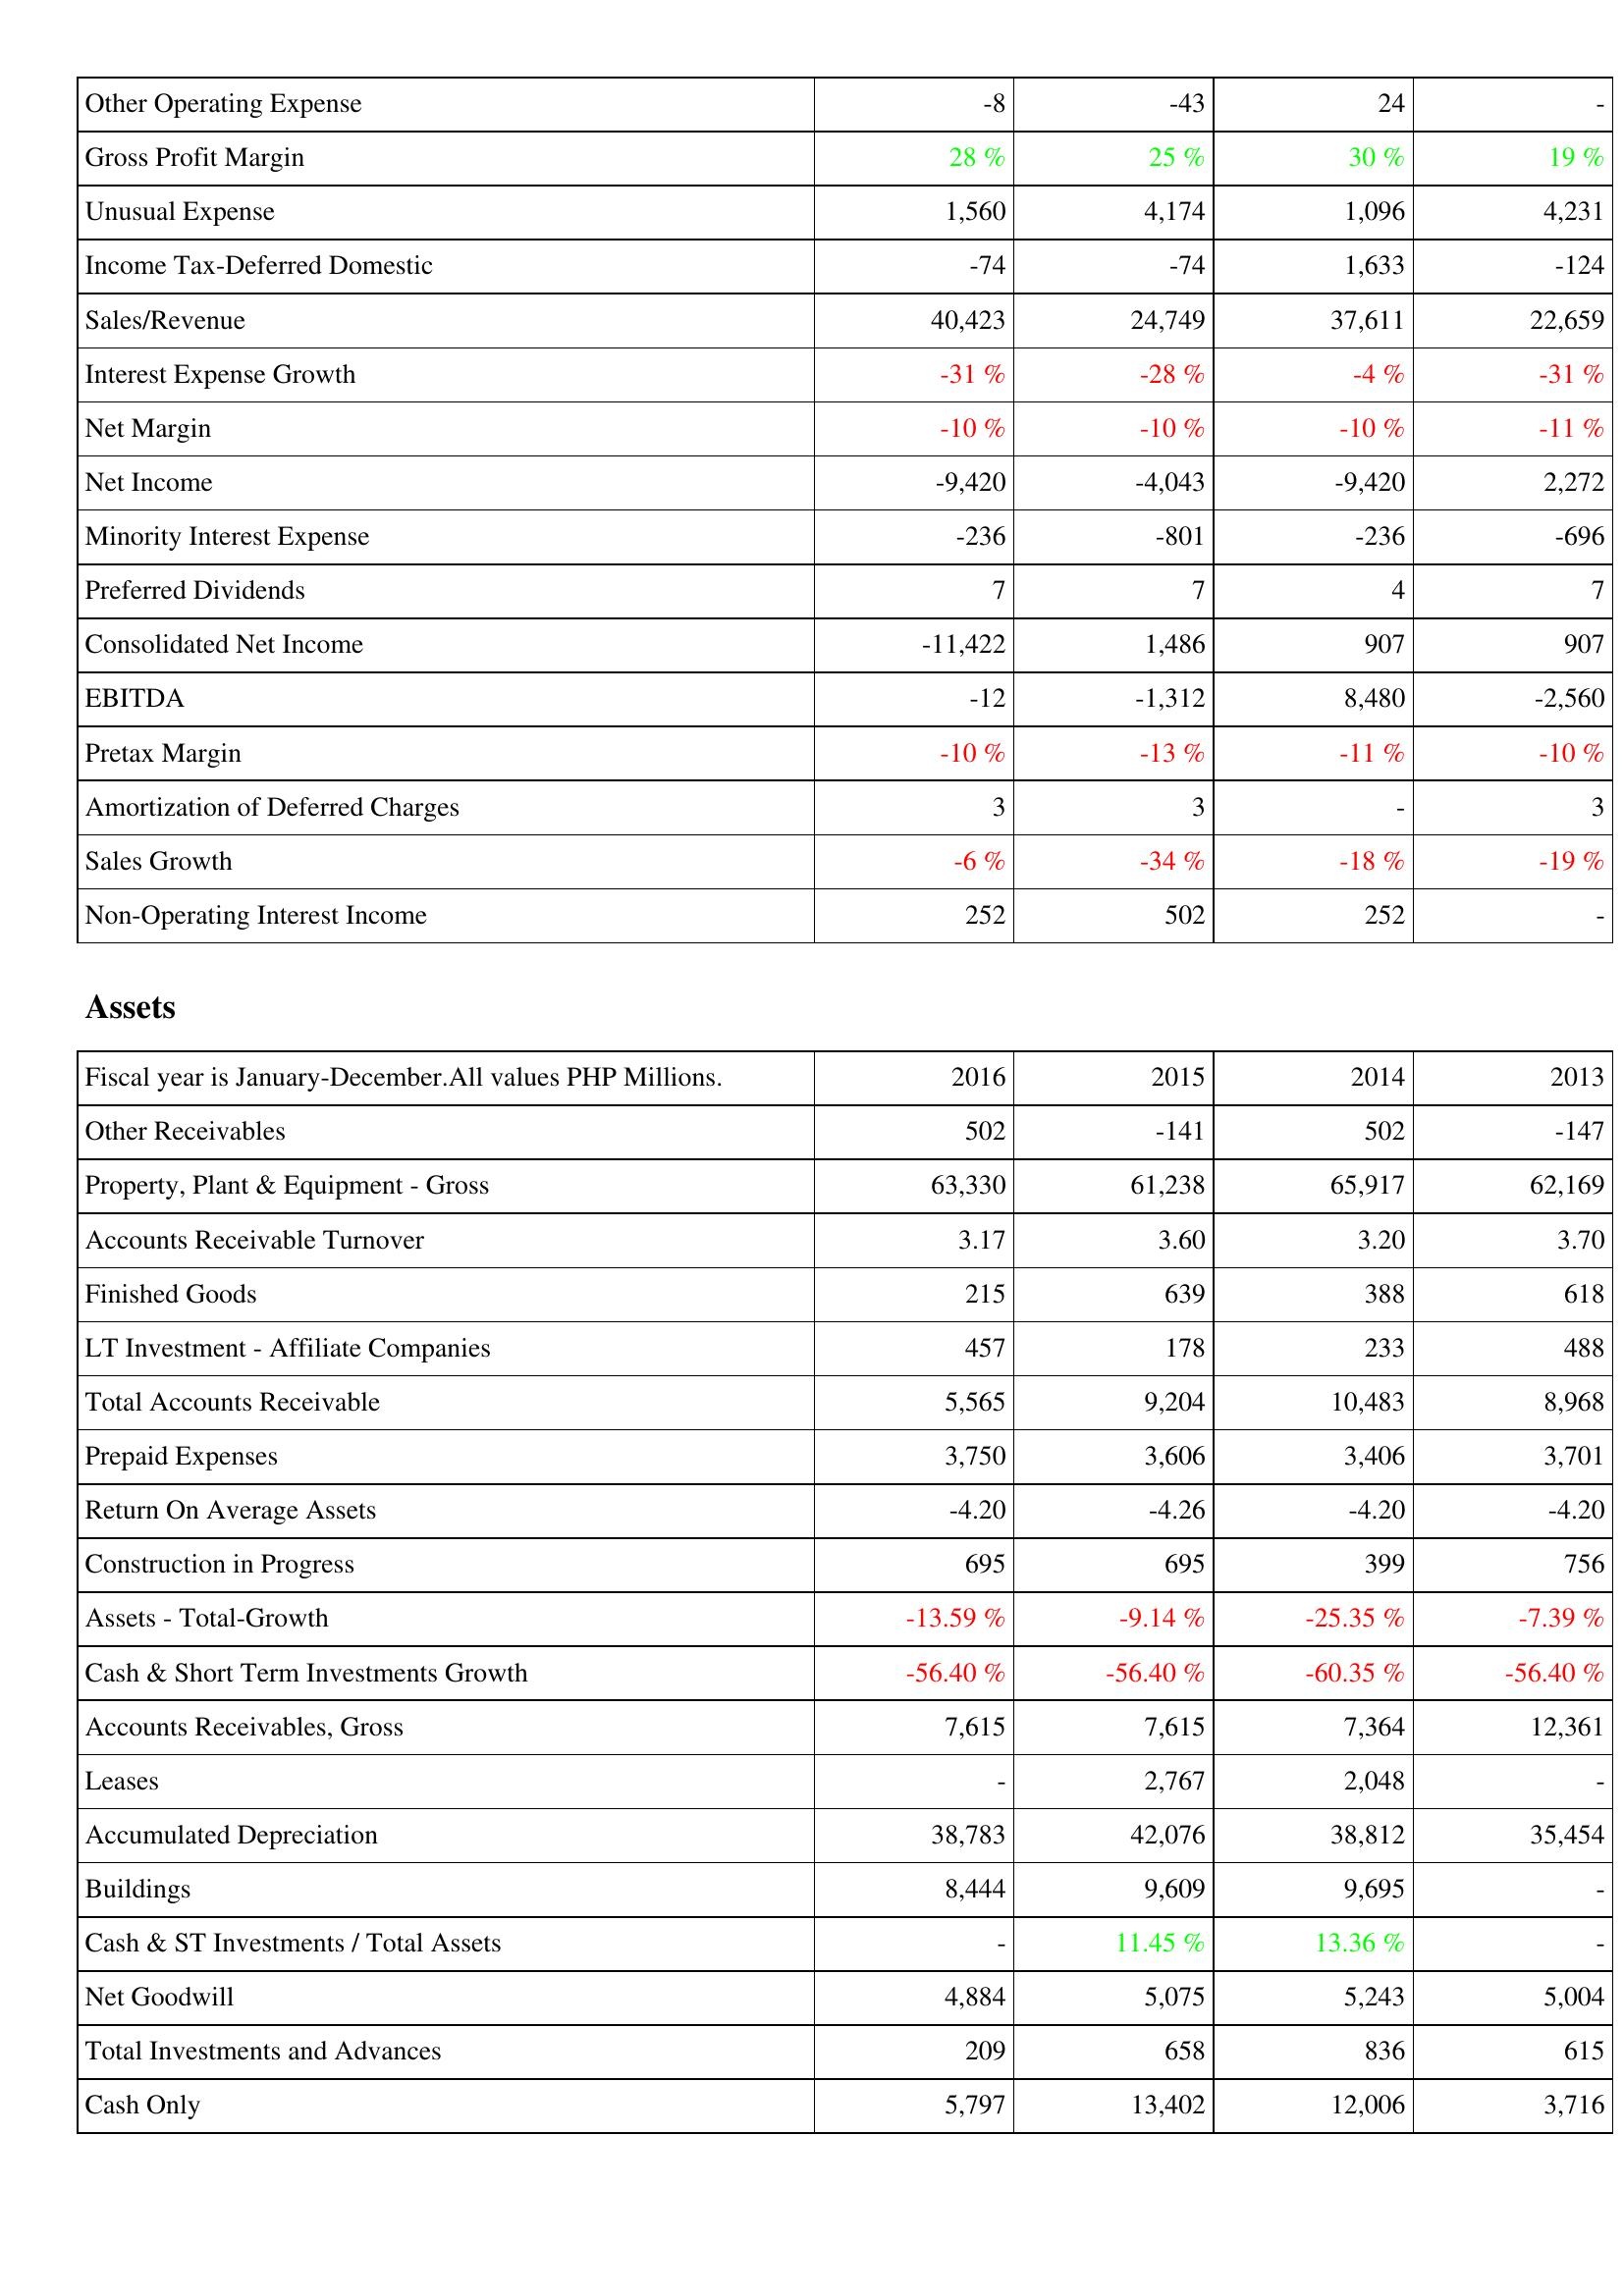
2016: Income Statement: Other Operating Expense: -8
Gross Profit Margin: 28 %
Unusual Expense: 1,560
Income Tax-Deferred Domestic: -74
Sales/Revenue: 40,423
Interest Expense Growth: -31 %
Net Margin: -10 %
Net Income: -9,420
Minority Interest Expense: -236
Preferred Dividends: 7
Consolidated Net Income: -11,422
EBITDA: -12
Pretax Margin: -10 %
Amortization of Deferred Charges: 3
Sales Growth: -6 %
Non-Operating Interest Income: 252
Assets: Other Receivables: 502
Property, Plant & Equipment - Gross: 63,330
Accounts Receivable Turnover: 3.17
Finished Goods: 215
LT Investment - Affiliate Companies: 457
Total Accounts Receivable: 5,565
Prepaid Expenses: 3,750
Return On Average Assets: -4.20
Construction in Progress: 695
Assets - Total-Growth: -13.59 %
Cash & Short Term Investments Growth: -56.40 %
Accounts Receivables, Gross: 7,615
Leases: -
Accumulated Depreciation: 38,783
Buildings: 8,444
Cash & ST Investments / Total Assets: -
Net Goodwill: 4,884
Total Investments and Advances: 209
Cash Only: 5,797
2015: Income Statement: Other Operating Expense: -43
Gross Profit Margin: 25 %
Unusual Expense: 4,174
Income Tax-Deferred Domestic: -74
Sales/Revenue: 24,749
Interest Expense Growth: -28 %
Net Margin: -10 %
Net Income: -4,043
Minority Interest Expense: -801
Preferred Dividends: 7
Consolidated Net Income: 1,486
EBITDA: -1,312
Pretax Margin: -13 %
Amortization of Deferred Charges: 3
Sales Growth: -34 %
Non-Operating Interest Income: 502
Assets: Other Receivables: -141
Property, Plant & Equipment - Gross: 61,238
Accounts Receivable Turnover: 3.60
Finished Goods: 639
LT Investment - Affiliate Companies: 178
Total Accounts Receivable: 9,204
Prepaid Expenses: 3,606
Return On Average Assets: -4.26
Construction in Progress: 695
Assets - Total-Growth: -9.14 %
Cash & Short Term Investments Growth: -56.40 %
Accounts Receivables, Gross: 7,615
Leases: 2,767
Accumulated Depreciation: 42,076
Buildings: 9,609
Cash & ST Investments / Total Assets: 11.45 %
Net Goodwill: 5,075
Total Investments and Advances: 658
Cash Only: 13,402
2014: Income Statement: Other Operating Expense: 24
Gross Profit Margin: 30 %
Unusual Expense: 1,096
Income Tax-Deferred Domestic: 1,633
Sales/Revenue: 37,611
Interest Expense Growth: -4 %
Net Margin: -10 %
Net Income: -9,420
Minority Interest Expense: -236
Preferred Dividends: 4
Consolidated Net Income: 907
EBITDA: 8,480
Pretax Margin: -11 %
Amortization of Deferred Charges: -
Sales Growth: -18 %
Non-Operating Interest Income: 252
Assets: Other Receivables: 502
Property, Plant & Equipment - Gross: 65,917
Accounts Receivable Turnover: 3.20
Finished Goods: 388
LT Investment - Affiliate Companies: 233
Total Accounts Receivable: 10,483
Prepaid Expenses: 3,406
Return On Average Assets: -4.20
Construction in Progress: 399
Assets - Total-Growth: -25.35 %
Cash & Short Term Investments Growth: -60.35 %
Accounts Receivables, Gross: 7,364
Leases: 2,048
Accumulated Depreciation: 38,812
Buildings: 9,695
Cash & ST Investments / Total Assets: 13.36 %
Net Goodwill: 5,243
Total Investments and Advances: 836
Cash Only: 12,006
2013: Income Statement: Other Operating Expense: -
Gross Profit Margin: 19 %
Unusual Expense: 4,231
Income Tax-Deferred Domestic: -124
Sales/Revenue: 22,659
Interest Expense Growth: -31 %
Net Margin: -11 %
Net Income: 2,272
Minority Interest Expense: -696
Preferred Dividends: 7
Consolidated Net Income: 907
EBITDA: -2,560
Pretax Margin: -10 %
Amortization of Deferred Charges: 3
Sales Growth: -19 %
Non-Operating Interest Income: -
Assets: Other Receivables: -147
Property, Plant & Equipment - Gross: 62,169
Accounts Receivable Turnover: 3.70
Finished Goods: 618
LT Investment - Affiliate Companies: 488
Total Accounts Receivable: 8,968
Prepaid Expenses: 3,701
Return On Average Assets: -4.20
Construction in Progress: 756
Assets - Total-Growth: -7.39 %
Cash & Short Term Investments Growth: -56.40 %
Accounts Receivables, Gross: 12,361
Leases: -
Accumulated Depreciation: 35,454
Buildings: -
Cash & ST Investments / Total Assets: -
Net Goodwill: 5,004
Total Investments and Advances: 615
Cash Only: 3,716